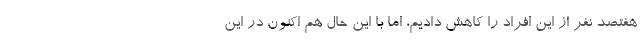
هفتصد نفر از این افراد را کاهش دادیم، اما با این حال هم اکنون در این